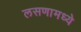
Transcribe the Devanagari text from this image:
लसणामध्ये